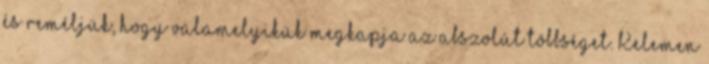
és reméljük, hogy valamelyikük megkapja az abszolút többséget. Kelemen